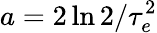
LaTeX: a=2\ln{2}/\tau_{e}^{2}